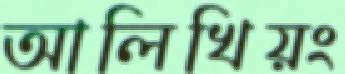
আলিখিয়ং